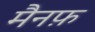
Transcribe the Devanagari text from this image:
मैनफ़